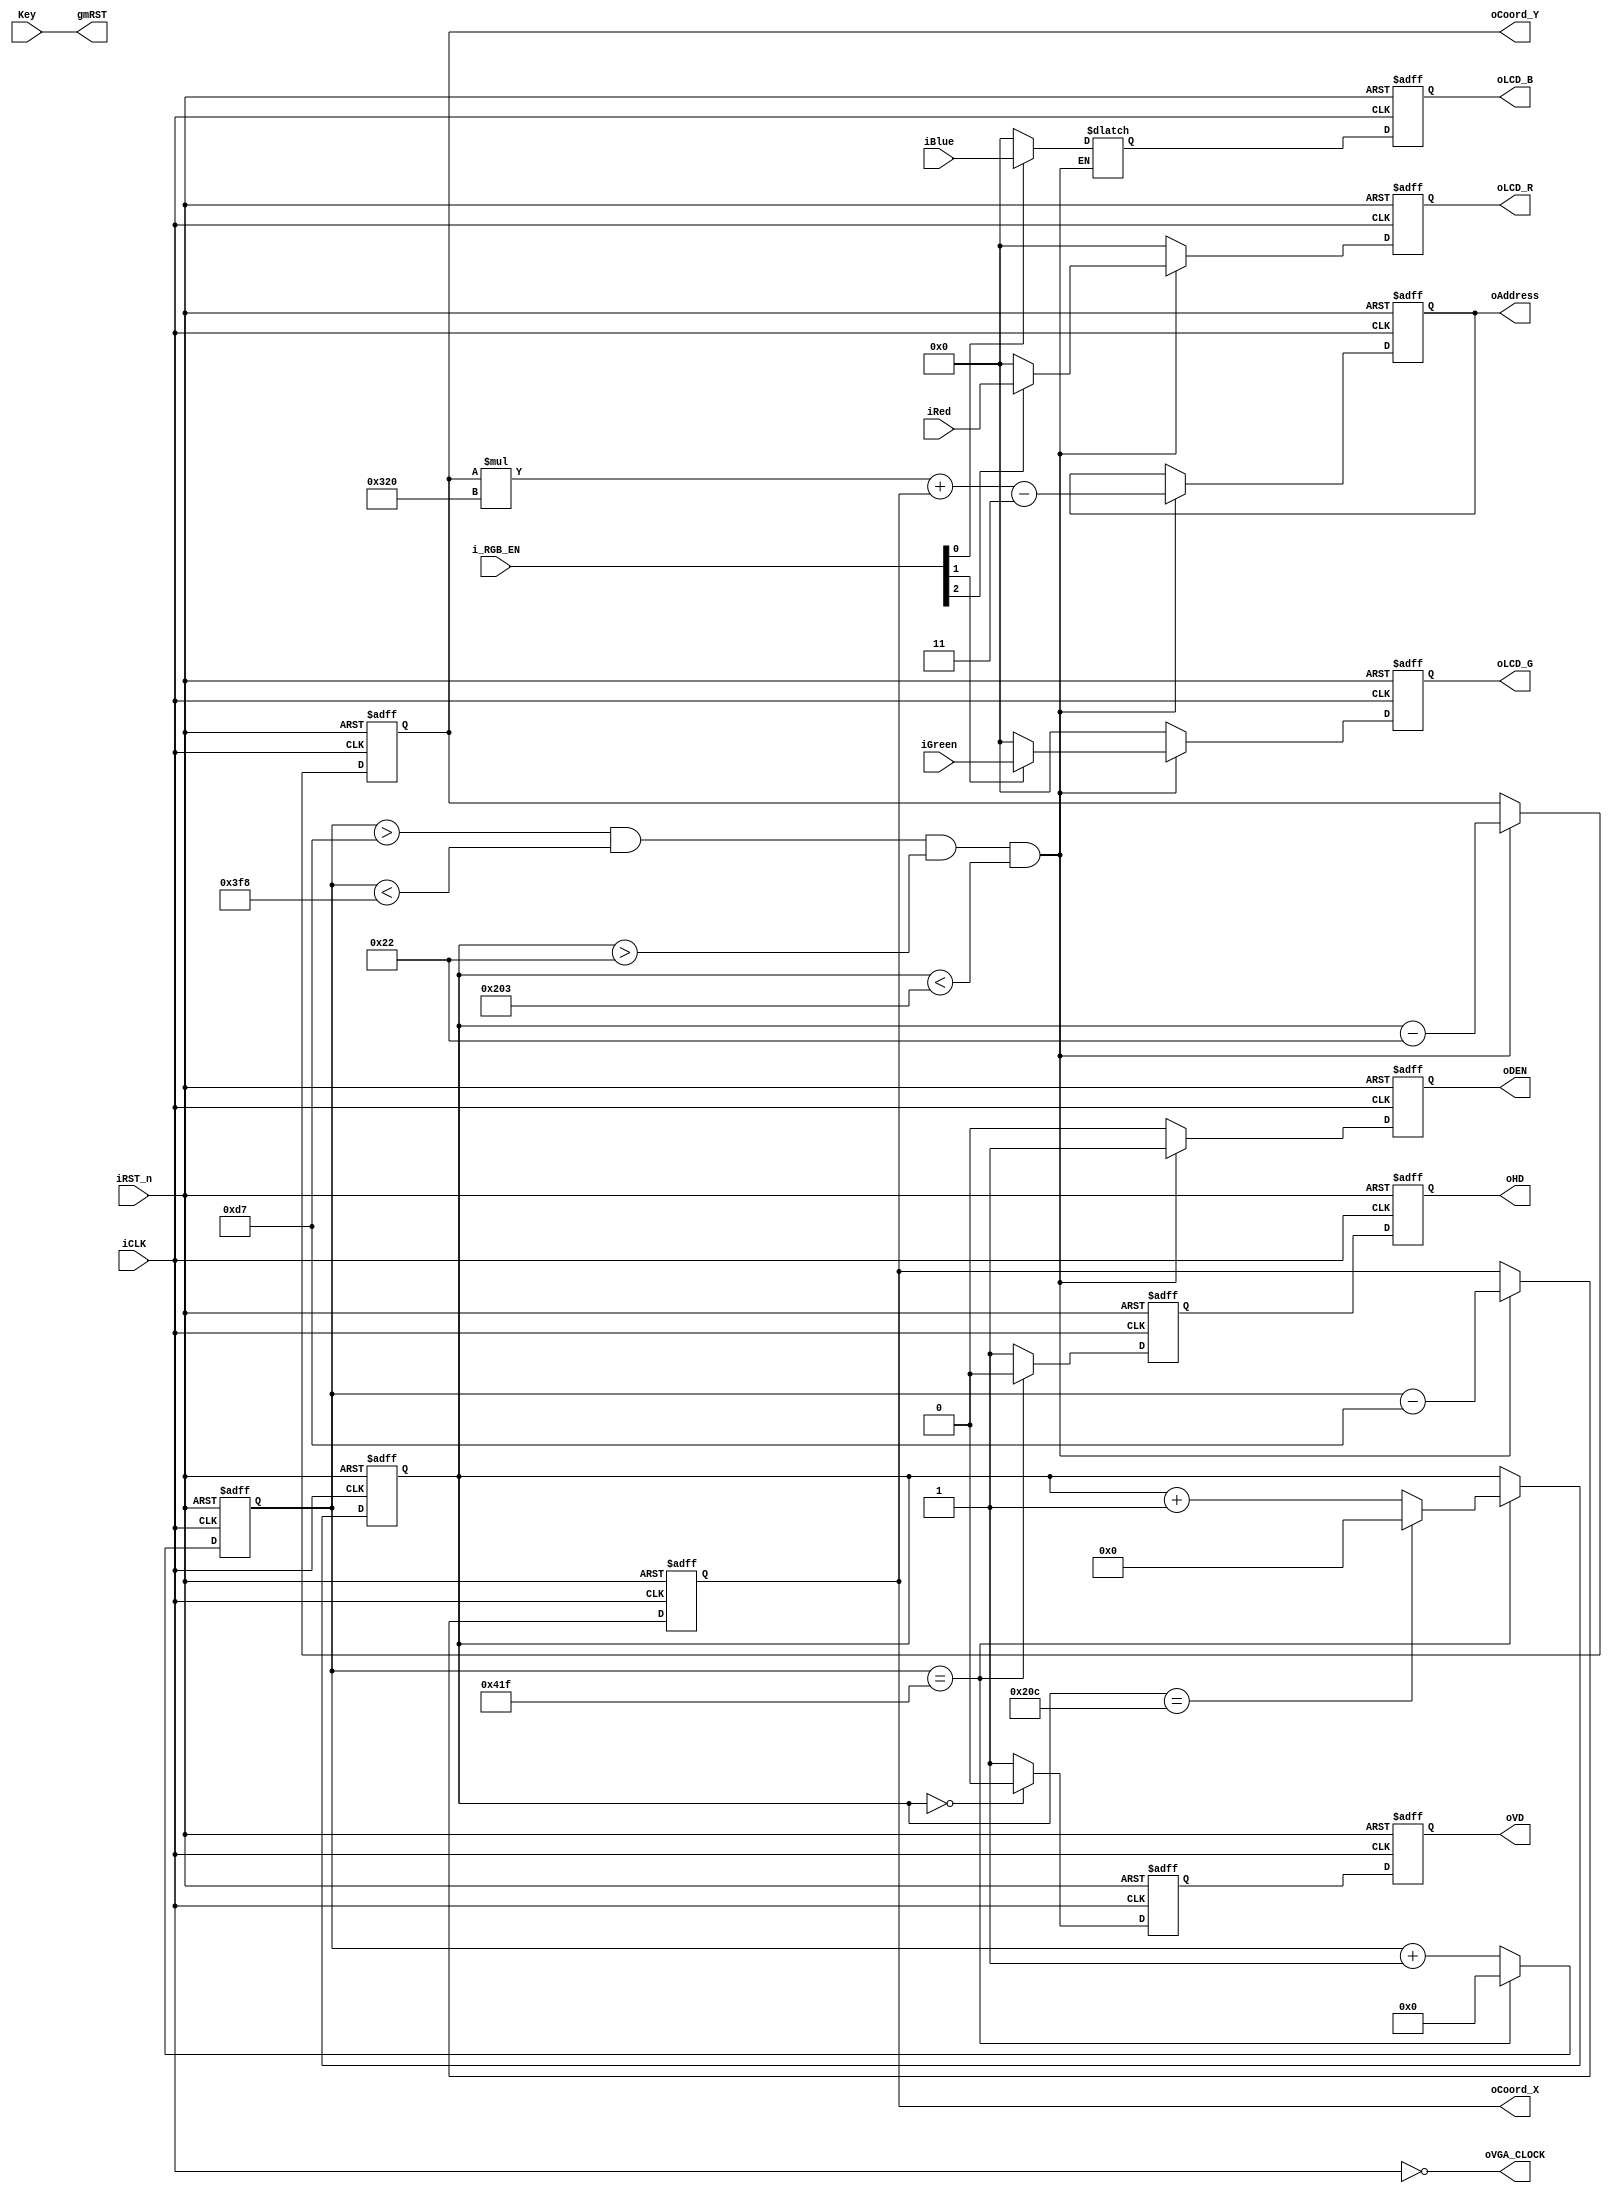

module LTM_timing_control		(
        i_RGB_EN,iCLK, 	// LCD display clock
        iRST_n, 			// systen reset
        //LCD SIDE
        oHD,				// LCD Horizontal sync
        oVD,				// LCD Vertical sync
        oDEN,				// LCD Data Enable
        oLCD_R,			// LCD Red color data
        oLCD_G,         // LCD Green color data
        oLCD_B,         // LCD Blue color data

        Key,
		  gmRST,
		  oVGA_CLOCK,
		  oAddress,
		  oCoord_X,
		  oCoord_Y,
		  iRed,
		  iGreen,
		  iBlue,
		  );
    //============================================================================
    // PARAMETER declarations
    //============================================================================
    parameter 	H_LINE = 1056;
    parameter 	V_LINE = 525;
    parameter 	Hsync_Blank = 216;
    parameter 	Hsync_Front_Porch = 40;
    parameter 	Vertical_Back_Porch = 35;
    parameter 	Vertical_Front_Porch = 10;
    //===========================================================================
    // PORT declarations
    //===========================================================================
    input				iCLK,Key;
    input	[2:0]		i_RGB_EN;

    input				iRST_n;
    output	[7:0]		oLCD_R;
    output  [7:0]		oLCD_G;
    output  [7:0]		oLCD_B;
    output				oHD;
    output				oVD;
    output				oDEN; 
	 output				gmRST;
	 output				oVGA_CLOCK;

    input	[7:0]		iRed;
	 input	[7:0]		iGreen;
	 input	[7:0]		iBlue;

    output	[19:0]	oAddress;
	 reg		[19:0]	oAddress;
	 
    output 	[10:0] 	oCoord_X;
	 reg 		[10:0]   oCoord_X;
	 
	 output	[10:0]	oCoord_Y;
	 reg    	[10:0]	oCoord_Y;
    

    //=============================================================================
    // REG/WIRE declarations
    //=============================================================================
    reg		[10:0]   x_cnt;
    reg		[9:0]		y_cnt;
    reg		[7:0]		mred;
    reg		[7:0]		mgreen;
    reg		[7:0]		mblue;
    wire					display_area;
    reg					mhd;
    reg					mvd;
    reg					mden;
    reg					oHD;
    reg					oVD;
    reg					oDEN;
    reg		[7:0]		oLCD_R;
    reg		[7:0]		oLCD_G;
    reg		[7:0]		oLCD_B;
    wire		[1:0]		msel;
    reg		[7:0]		red_1;
    reg 		[7:0]		green_1;
    reg 		[7:0]		blue_1;
    reg 		[7:0]		graycnt;
    reg		[7:0]		pattern_data;
	 
	 

    //=============================================================================
    // Structural coding
    //=============================================================================
    assign gmRST = Key;

    // This signal indicate the lcd display area .
    assign	display_area = ((x_cnt>(Hsync_Blank-1)&& //>215
                            (x_cnt<(H_LINE-Hsync_Front_Porch))&& //< 1016
                            (y_cnt>(Vertical_Back_Porch-1))&&
                            (y_cnt<(V_LINE - Vertical_Front_Porch))
                           ))  ? 1'b1 : 1'b0;


    ///////////////////////// x  y counter  and lcd hd generator //////////////////
    always@(posedge iCLK or negedge iRST_n)
    begin
        if (!iRST_n)
        begin
            x_cnt <= 11'd0;
            mhd  <= 1'd0;
        end
        else if (x_cnt == (H_LINE-1))
        begin
            x_cnt <= 11'd0;
            mhd  <= 1'd0;
        end
        else
        begin
            x_cnt <= x_cnt + 11'd1;
            mhd  <= 1'd1;
        end
    end

    always@(posedge iCLK or negedge iRST_n)
    begin
        if (!iRST_n)
            y_cnt <= 10'd0;
        else if (x_cnt == (H_LINE-1))
        begin
            if (y_cnt == (V_LINE-1))
                y_cnt <= 10'd0;
            else
                y_cnt <= y_cnt + 10'd1;
        end
    end
    ////////////////////////////// touch panel timing //////////////////

    always@(posedge iCLK  or negedge iRST_n)
    begin
        if (!iRST_n)
            mvd  <= 1'b1;
        else if (y_cnt == 10'd0)
            mvd  <= 1'b0;
        else
            mvd  <= 1'b1;
    end

    always@(posedge iCLK  or negedge iRST_n)
    begin
        if (!iRST_n)
            mden  <= 1'b0;
        else if (display_area)
            mden  <= 1'b1;
        else
            mden  <= 1'b0;
    end

    //////////////RGB color patten generator ///////

    //////////////gray level  patten generator ///////

    ////////////// displayed color pattern selection //////////////

    always@(x_cnt or y_cnt or i_RGB_EN or iRed or
                iGreen or iBlue )
    begin
        if((x_cnt>(Hsync_Blank-1)&& //>215
                (x_cnt<(H_LINE-Hsync_Front_Porch))&& //< 1016
                (y_cnt>(Vertical_Back_Porch-1))&&
                (y_cnt<(V_LINE - Vertical_Front_Porch))
           ))
        begin
            if (i_RGB_EN[2]==1)
                mred=iRed	;
            else
                mred=0;
            if (i_RGB_EN[1]==1)
                mgreen=iGreen	;
            else
                mgreen=0;
            if (i_RGB_EN[0]==1)
                mblue=iBlue	;
            else
                mblue=0;
        end
        else
        begin
            mred=0;
            mgreen=0;
            mgreen=0;
        end
    end
    
    always@(posedge iCLK or negedge iRST_n)
    begin
        if(!iRST_n)
        begin
            oCoord_X	<=	0;
            oCoord_Y	<=	0;
            oAddress	<=	0;
        end
        else
        begin
            if((x_cnt>(Hsync_Blank-1)&& //>215
                    (x_cnt<(H_LINE-Hsync_Front_Porch))&& //< 1016
                    (y_cnt>(Vertical_Back_Porch-1))&&
                    (y_cnt<(V_LINE - Vertical_Front_Porch))
               ))
            begin
                oCoord_X	<=	x_cnt-(Hsync_Blank-1);
                oCoord_Y	<=	y_cnt-(Vertical_Back_Porch-1);
                oAddress	<=	oCoord_Y*(H_LINE- Hsync_Blank-Hsync_Front_Porch )+oCoord_X-3;
            end
        end
    end
    always@(posedge iCLK or negedge iRST_n)
    begin
        if (!iRST_n)
        begin
            oHD	<= 1'd0;
            oVD	<= 1'd0;
            oDEN <= 1'd0;
            oLCD_R <= 8'd0;
            oLCD_G <= 8'd0;
            oLCD_B <= 8'd0;
        end
        else
        begin
            oHD	<= mhd;
            oVD	<= mvd;
            oDEN <= display_area;
            oLCD_R <= mred;
            oLCD_G <= mgreen;
            oLCD_B <= mblue;
        end
    end

    assign	oVGA_CLOCK	=	~iCLK;

endmodule